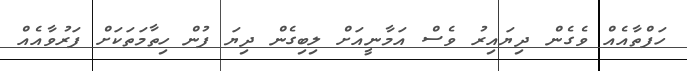
ހަފްތާއެއް ވެގެން ދިޔައިރު ވެސް އަމާނީއަށް ލިބިގެން ދިޔަ ފުން ހިތާމަތަކަށް ފަރުވާއެއް